Civil Veterinary Dept. Bombay admin report 1932-41 - 1932-1941
Year: 1932
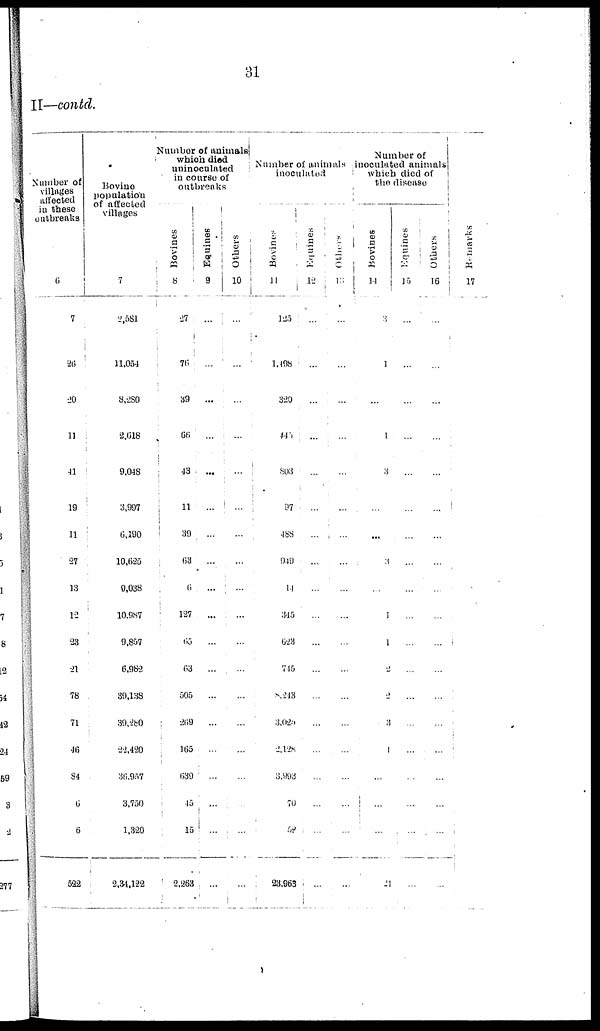
31
II—contd.
Number of
villages
affected
in these
outbreaks
6
7
26
20
11
41
19
11
27
13
12
23
21
78
71
46
84
6
6
522
Bovine
population
of affected
villages
7
2,581
11,054
8,280
2,618
9,048
3,997
6,190
10,625
9,038
10,987
9,857
6,982
39,138
39,280
22,420
36,957
3,750
1,320
2,34,122
Number of animals
which died
uninoculated
in course of
outbreaks
Bovines
8
27
76
39
66
43
11
39
63
6
127
65
63
505
269
165
639
45
15
2,263
Equines
9
...
...
...
...
...
...
...
...
...
...
...
...
...
...
...
...
Others
10
...
...
...
...
...
...
...
...
...
...
...
...
...
...
...
...
...
...
...
Number of animals
inoculated
Bovines
11
125
1,498
320
445
803
97
488
949
14
345
623
745
8,243
3,025
2,128
3,993
70
52
23,963
Equines
12
...
...
...
...
...
...
...
...
...
...
...
...
...
...
...
...
...
...
...
Others
13
...
...
...
...
...
...
...
...
...
...
...
...
...
...
...
...
...
...
...
Number of
inoculated animals
which died of
the disease
Bovines
14
3
1
...
1
3
...
...
3
...
1
1
2
2
3
1
...
...
...
21
Equines
15
...
...
...
...
...
...
...
...
...
...
...
...
...
...
...
...
...
...
...
Others
16
...
...
...
...
...
...
...
...
...
...
...
...
...
...
...
...
...
...
...
Remarks
17